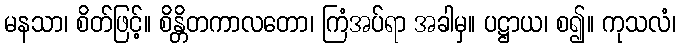
မနသာ၊ စိတ်ဖြင့်။ စိန္တိတကာလတော၊ ကြံအပ်ရာ အခါမှ။ ပဋ္ဌာယ၊ စ၍။ ကုသလံ၊